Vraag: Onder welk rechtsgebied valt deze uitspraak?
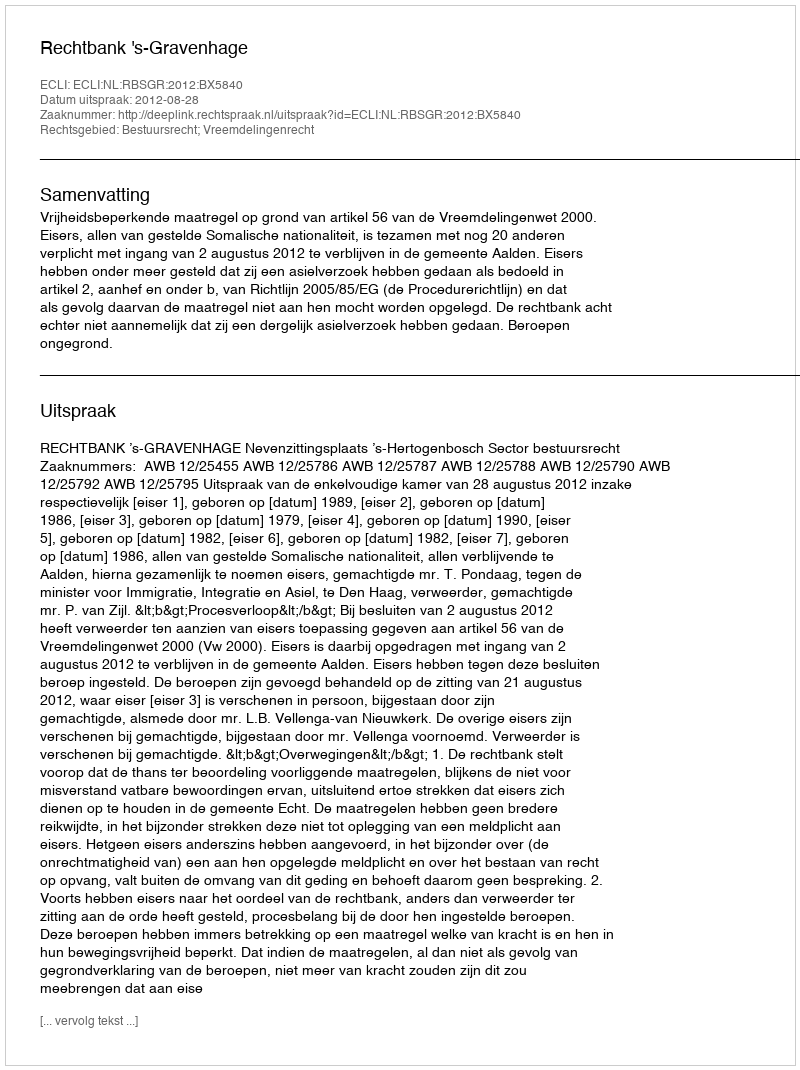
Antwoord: Bestuursrecht; Vreemdelingenrecht